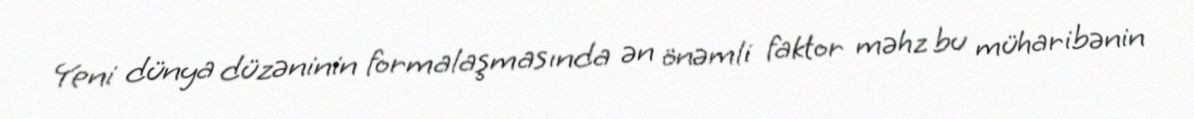
Yeni dünya düzəninin formalaşmasında ən önəmli faktor məhz bu müharibənin